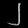
Digit: ၂